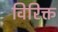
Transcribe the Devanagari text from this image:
विरिक्त